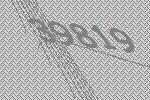
39819